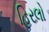
હિરલો